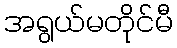
အရွယ်မတိုင်မီ